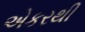
એકરથી